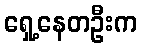
ရှေ့နေတဦးက